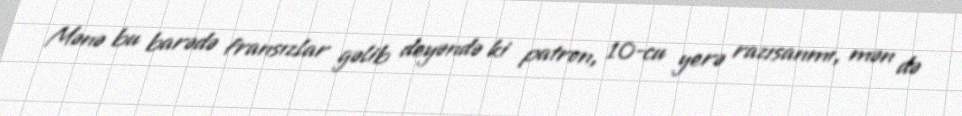
Mənə bu barədə fransızlar gəlib deyəndə ki patron, 10-cu yerə razısanmı, mən də